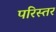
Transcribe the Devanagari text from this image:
परिस्तर